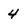
Character: 4